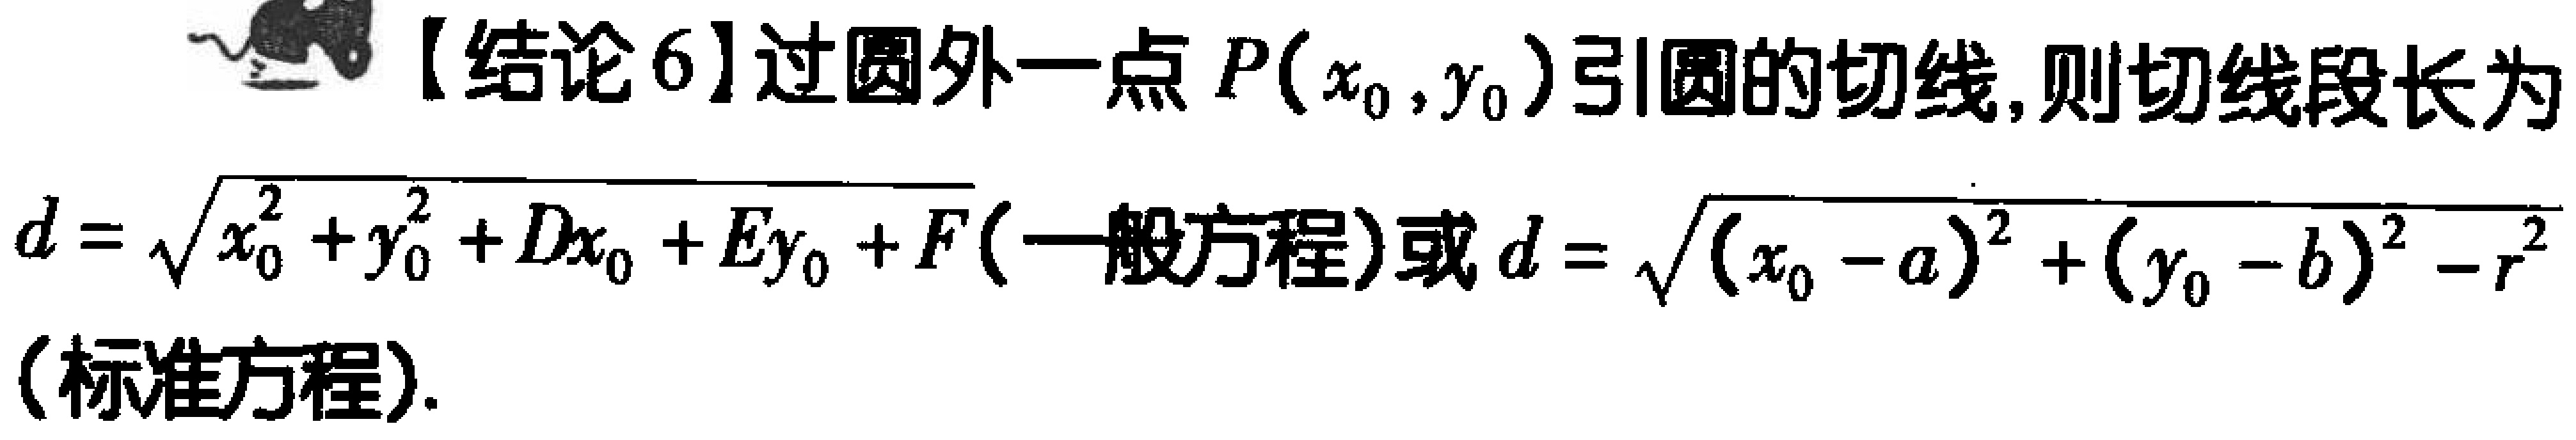
【结论6】过圆外一点\(P(x_0,y_0)\)引圆的切线,则切线段长为
\(d = \sqrt{x_0^{2}+y_0^{2}+Dx_0 + Ey_0 + F}\)（一般方程）或\(d = \sqrt{(x_0 - a)^{2}+(y_0 - b)^{2}-r^{2}}\)（标准方程）.